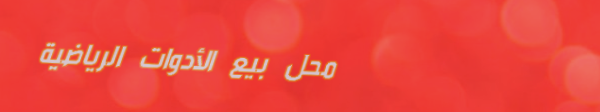
محل بيع الأدوات الرياضية